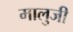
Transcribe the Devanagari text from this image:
मालुजी